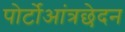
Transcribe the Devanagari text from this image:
पोर्टोआंत्रछेदन